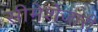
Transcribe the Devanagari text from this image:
सीमेशेजारी